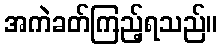
အကဲခတ်ကြည့်ရသည်။